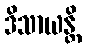
ဒိသာယန္တိ